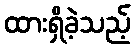
ထားရှိခဲ့သည့်